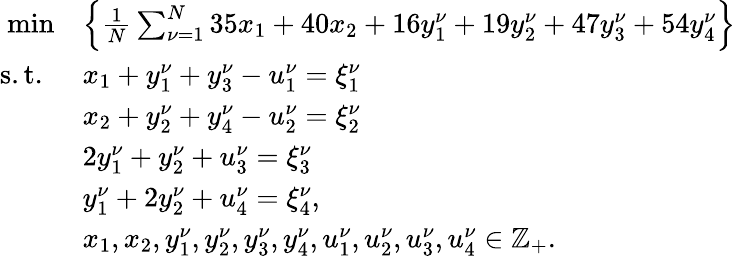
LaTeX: \begin{array}{rl}{\operatorname*{min}}&{\left\{ \frac{1}{N}\sum_{\nu=1}^{N}35x_{1}+40x_{2}+16y_{1}^{\nu}+19y_{2}^{\nu}+47y_{3}^{\nu}+54y_{4}^{\nu}\right\} }\\ {\mathrm{s.t.~}}&{x_{1}+y_{1}^{\nu}+y_{3}^{\nu}-u_{1}^{\nu}=\xi_{1}^{\nu}}\\ &{x_{2}+y_{2}^{\nu}+y_{4}^{\nu}-u_{2}^{\nu}=\xi_{2}^{\nu}}\\ &{2y_{1}^{\nu}+y_{2}^{\nu}+u_{3}^{\nu}=\xi_{3}^{\nu}}\\ &{y_{1}^{\nu}+2y_{2}^{\nu}+u_{4}^{\nu}=\xi_{4}^{\nu},}\\ &{x_{1},x_{2},y_{1}^{\nu},y_{2}^{\nu},y_{3}^{\nu},y_{4}^{\nu},u_{1}^{\nu},u_{2}^{\nu},u_{3}^{\nu},u_{4}^{\nu}\in\mathbb{Z}_{+}.}\end{array}